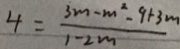
4 = \frac { 3 m - m ^ { 2 } - 9 + 3 m } { 1 - 2 m }